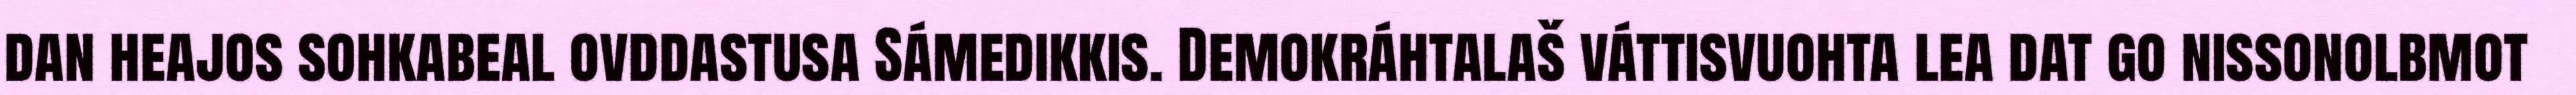
dan heajos sohkabeal ovddastusa Sámedikkis. Demokráhtalaš váttisvuohta lea dat go nissonolbmot